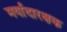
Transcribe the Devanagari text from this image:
मर्यादारक्षक